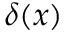
\delta ( x )